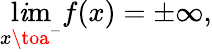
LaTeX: \operatorname*{l\mathit{i}m}_{x\toa^{-}}f(x)=\pm\infty,